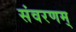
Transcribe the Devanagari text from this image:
संवरणम्